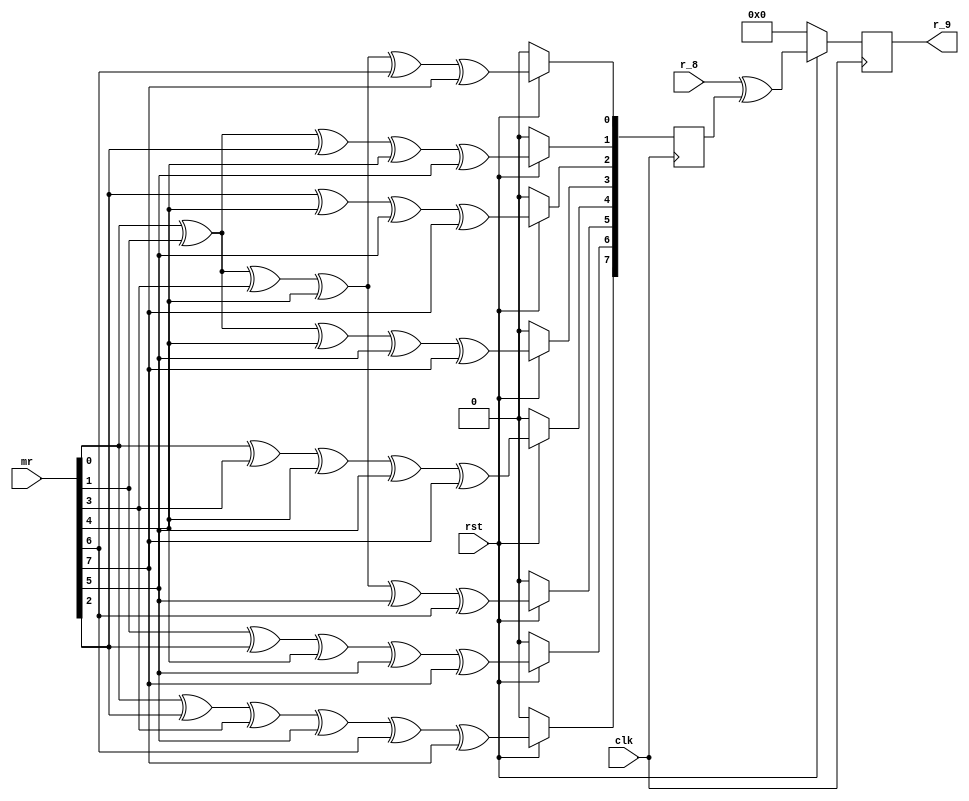
`timescale 1ns / 1ps


module mux_9(
    input clk,
	 input rst,
	 input[7:0] mr,
	 input[7:0] r_8,
	 output[7:0] r_9
    );
wire[7:0] a_9;
reg[7:0] g_9;
reg[7:0] r9;

assign a_9 = mr;

 always @(posedge clk)                            //g9m+r
  begin
  if(!rst)
   begin
	g_9<=0;
	r9<=0;
	end
  else
   begin
    g_9[0]<=a_9[0]^a_9[1]^a_9[3]^a_9[4]^a_9[6]^a_9[7];	
	 g_9[1]<=a_9[0]^a_9[1]^a_9[2]^a_9[4]^a_9[5];	
	 g_9[2]<=a_9[2]^a_9[4]^a_9[5]^a_9[7];	
    g_9[3]<=a_9[0]^a_9[1]^a_9[4]^a_9[5]^a_9[7];	
    g_9[4]<=a_9[0]^a_9[3]^a_9[4]^a_9[5]^a_9[7];	
	 g_9[5]<=a_9[0]^a_9[1]^a_9[3]^a_9[4]^a_9[5]^a_9[6];	
	 g_9[6]<=a_9[1]^a_9[2]^a_9[4]^a_9[5]^a_9[7];	
	 g_9[7]<=a_9[0]^a_9[2]^a_9[3]^a_9[5]^a_9[6]^a_9[7];
	 r9 <= r_8^g_9;
	end
 end
 
assign 	 r_9 = r9;

endmodule